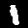
Label: 1